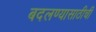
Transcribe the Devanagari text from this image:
बदलण्यासाठीची